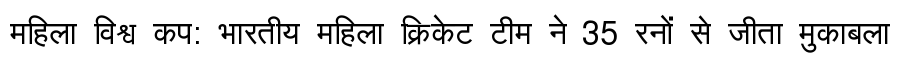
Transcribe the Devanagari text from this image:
महिला विश्व कप: भारतीय महिला क्रिकेट टीम ने 35 रनों से जीता मुकाबला